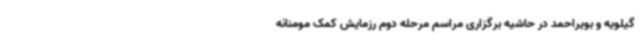
گیلویه و بویراحمد در حاشیه برگزاری مراسم مرحله دوم رزمایش کمک مومنانه